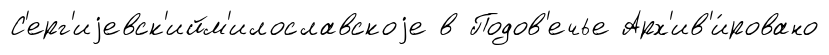
С'ерг'иjевск'ийм'илославскоjе в Подов'ечье Арх'ив'и́ровано